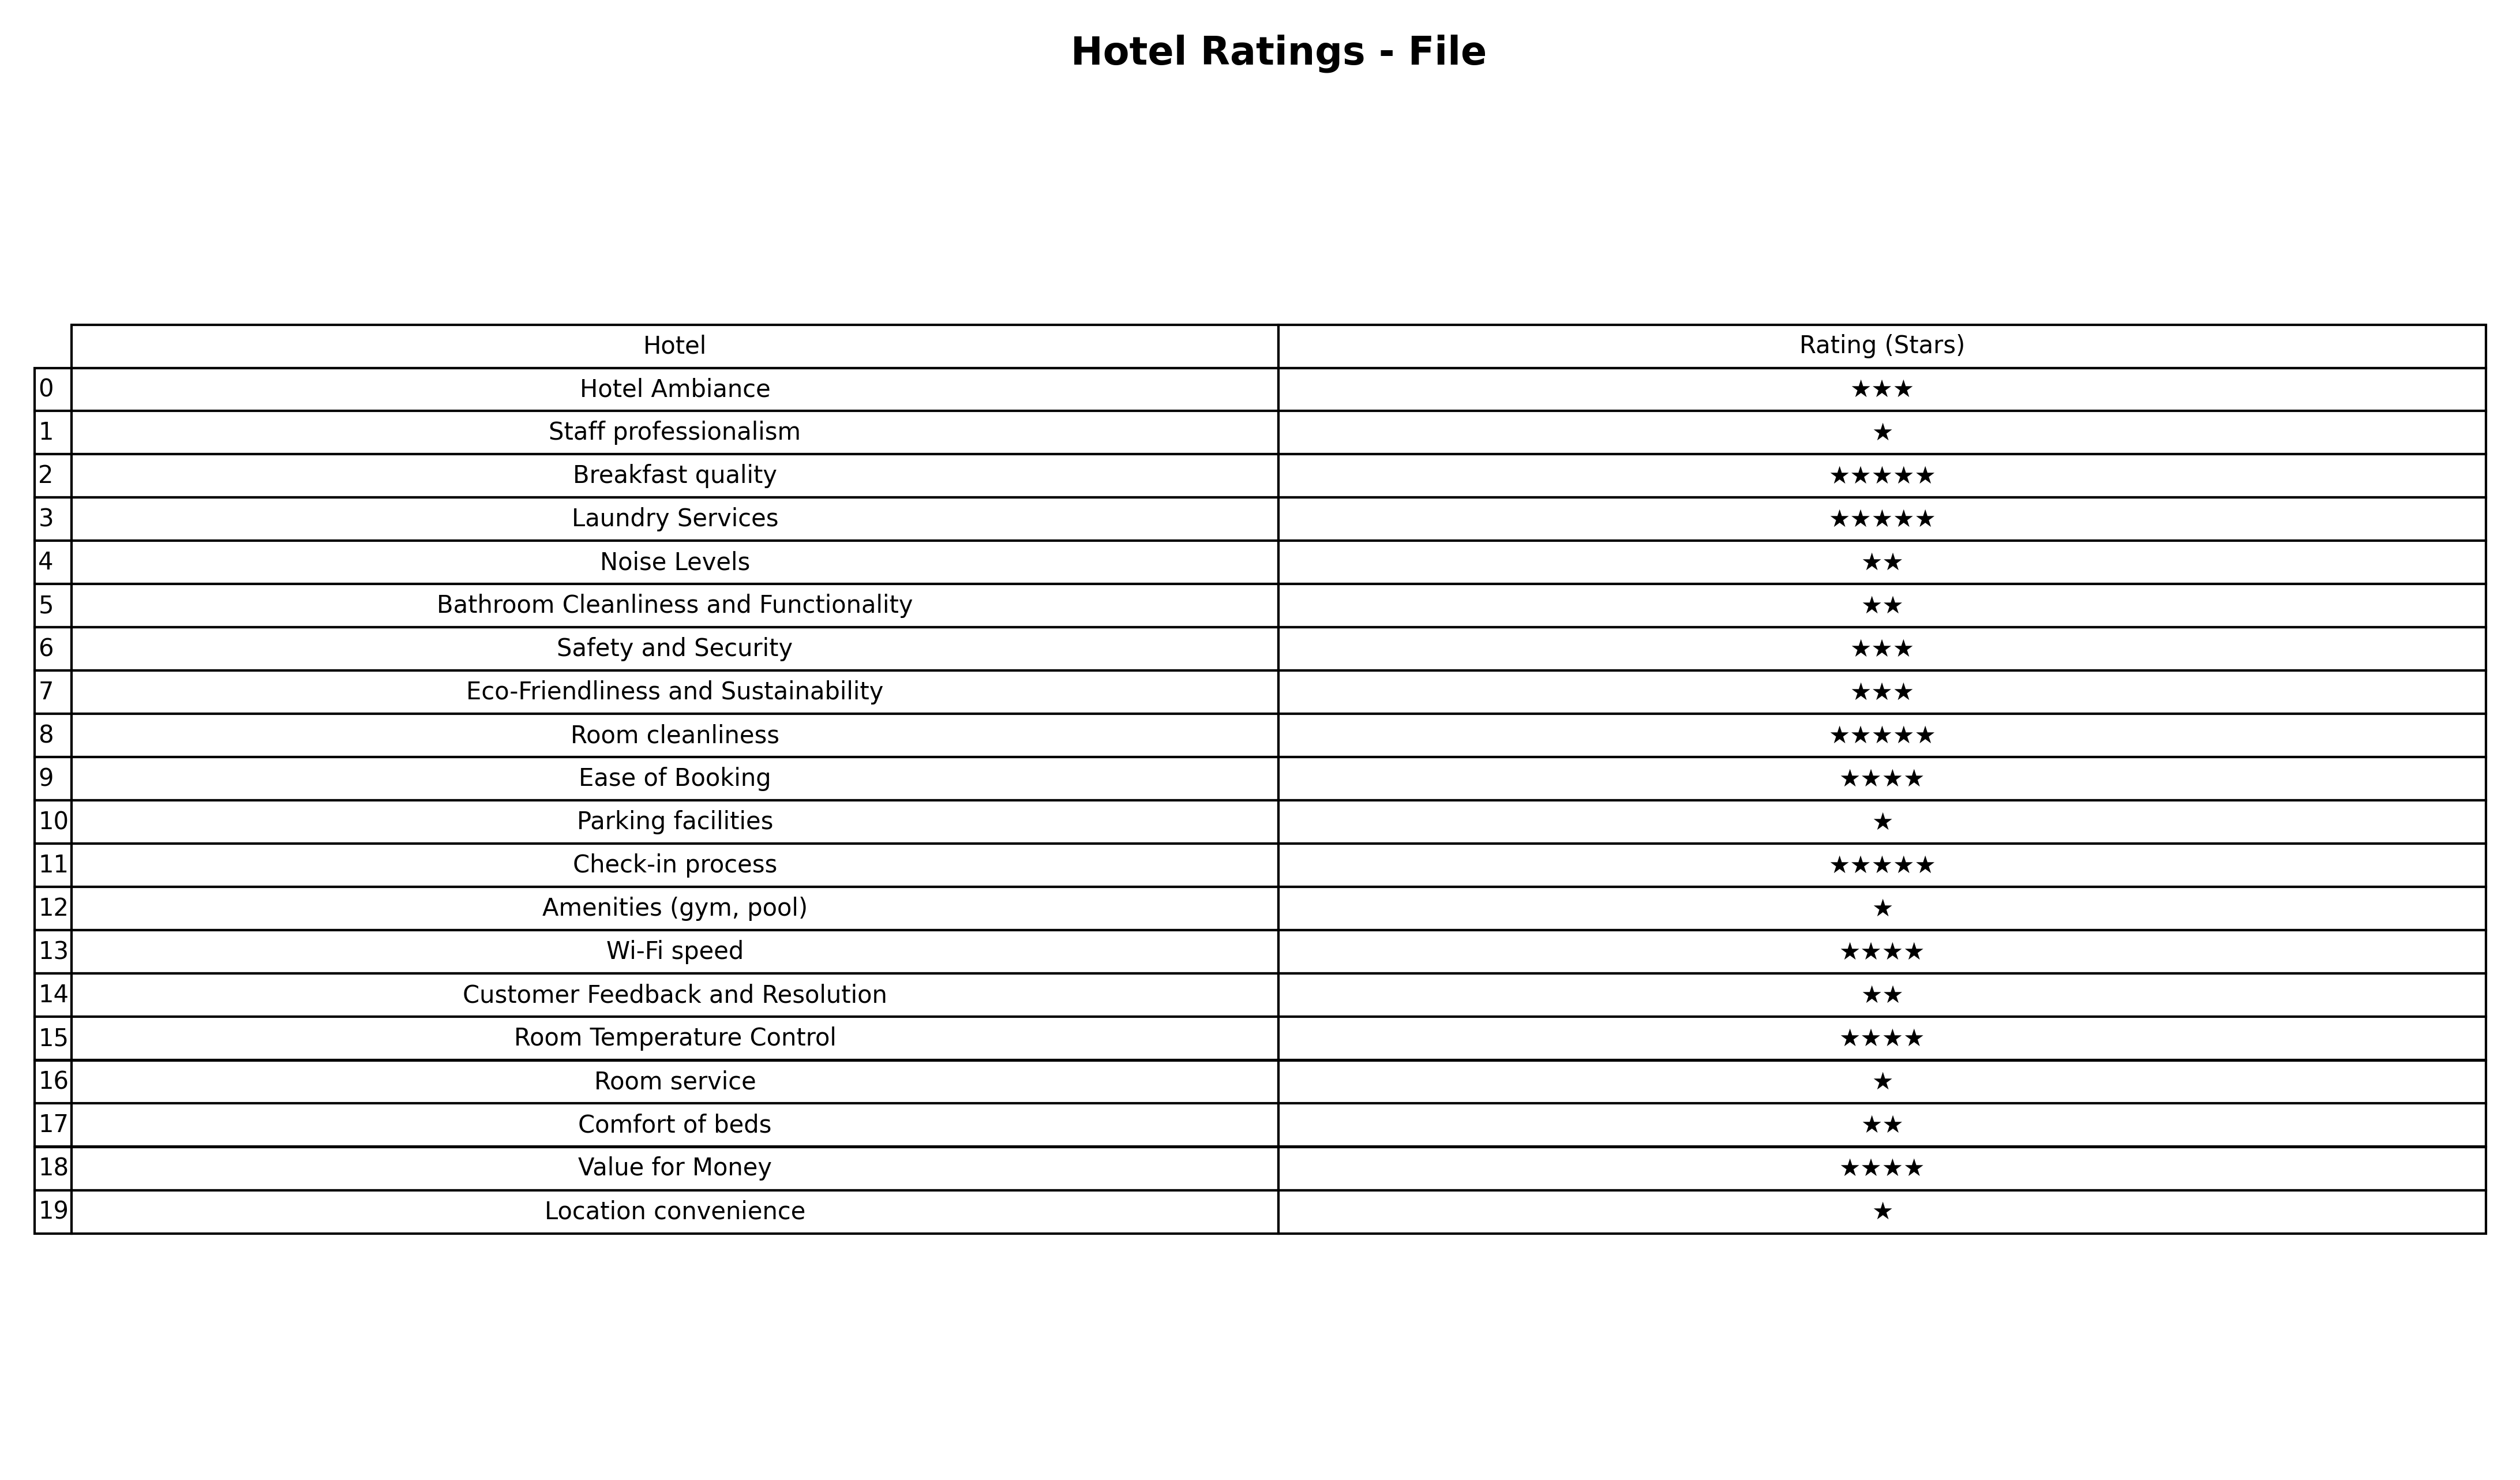
question: What is the rating of Hotel Ambiance?
answer: ★★★